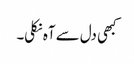
کبھی دل سے آہ نکلی۔